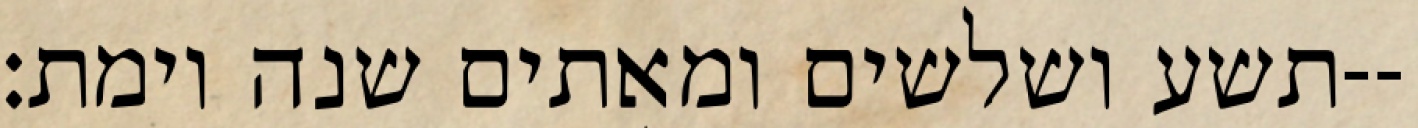
תשע ושלשים ומאתים שנה וימת׃--